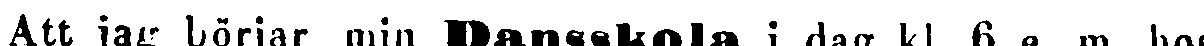
Att jag börjar min Dansskola i dag kl. 6 e. m. hos